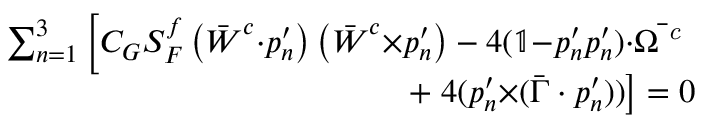
\begin{array} { r } { \sum _ { n = 1 } ^ { 3 } \left[ C _ { G } S _ { F } ^ { f } \left( \bar { \boldsymbol { W } } ^ { c } { \cdot } \boldsymbol { p } _ { n } ^ { \prime } \right) \left( \bar { \boldsymbol { W } } ^ { c } { \times } \boldsymbol { p } _ { n } ^ { \prime } \right) - 4 ( \mathbb { 1 } { - } \boldsymbol { p } _ { n } ^ { \prime } \boldsymbol { p } _ { n } ^ { \prime } ) { \cdot } \bar { \boldsymbol { \Omega } ^ { \textit { c } } } \right. } \\ { + \left. 4 ( \boldsymbol { p } _ { n } ^ { \prime } { \times } ( \bar { \boldsymbol { \Gamma } } \cdot \boldsymbol { p } _ { n } ^ { \prime } ) ) \right] = 0 } \end{array}